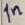
Text: In